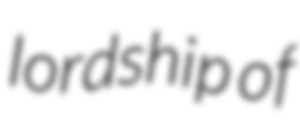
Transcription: lordship of